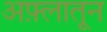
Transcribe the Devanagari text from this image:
अफ़्लातून